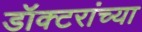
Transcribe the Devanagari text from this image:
डॉक्‍टरांच्या